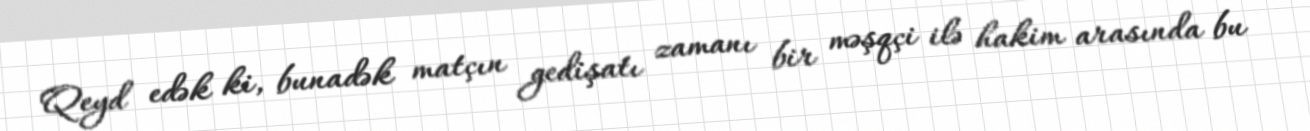
Qeyd edək ki, bunadək matçın gedişatı zamanı bir məşqçi ilə hakim arasında bu